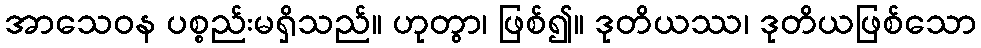
အာသေဝန ပစ္စည်းမရှိသည်။ ဟုတွာ၊ ဖြစ်၍။ ဒုတိယဿ၊ ဒုတိယဖြစ်သော